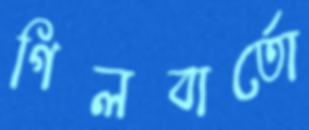
গিলবার্তো